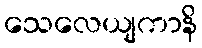
သေလေယျကာနိ